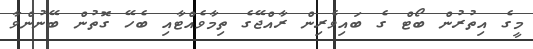
މީގެ އިތުރުން ބޯޓް ގެ ބައިވެރިން ރާއްޖޭގެ ތިމާވެއްޓާއި ބެހޭ ގޮތުން ބޭނުންވާ